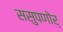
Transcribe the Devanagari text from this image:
ससुपणोर्